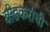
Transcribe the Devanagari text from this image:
बीडकरांची